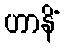
ဟာနိံ